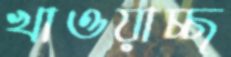
খাওয়াচ্ছ